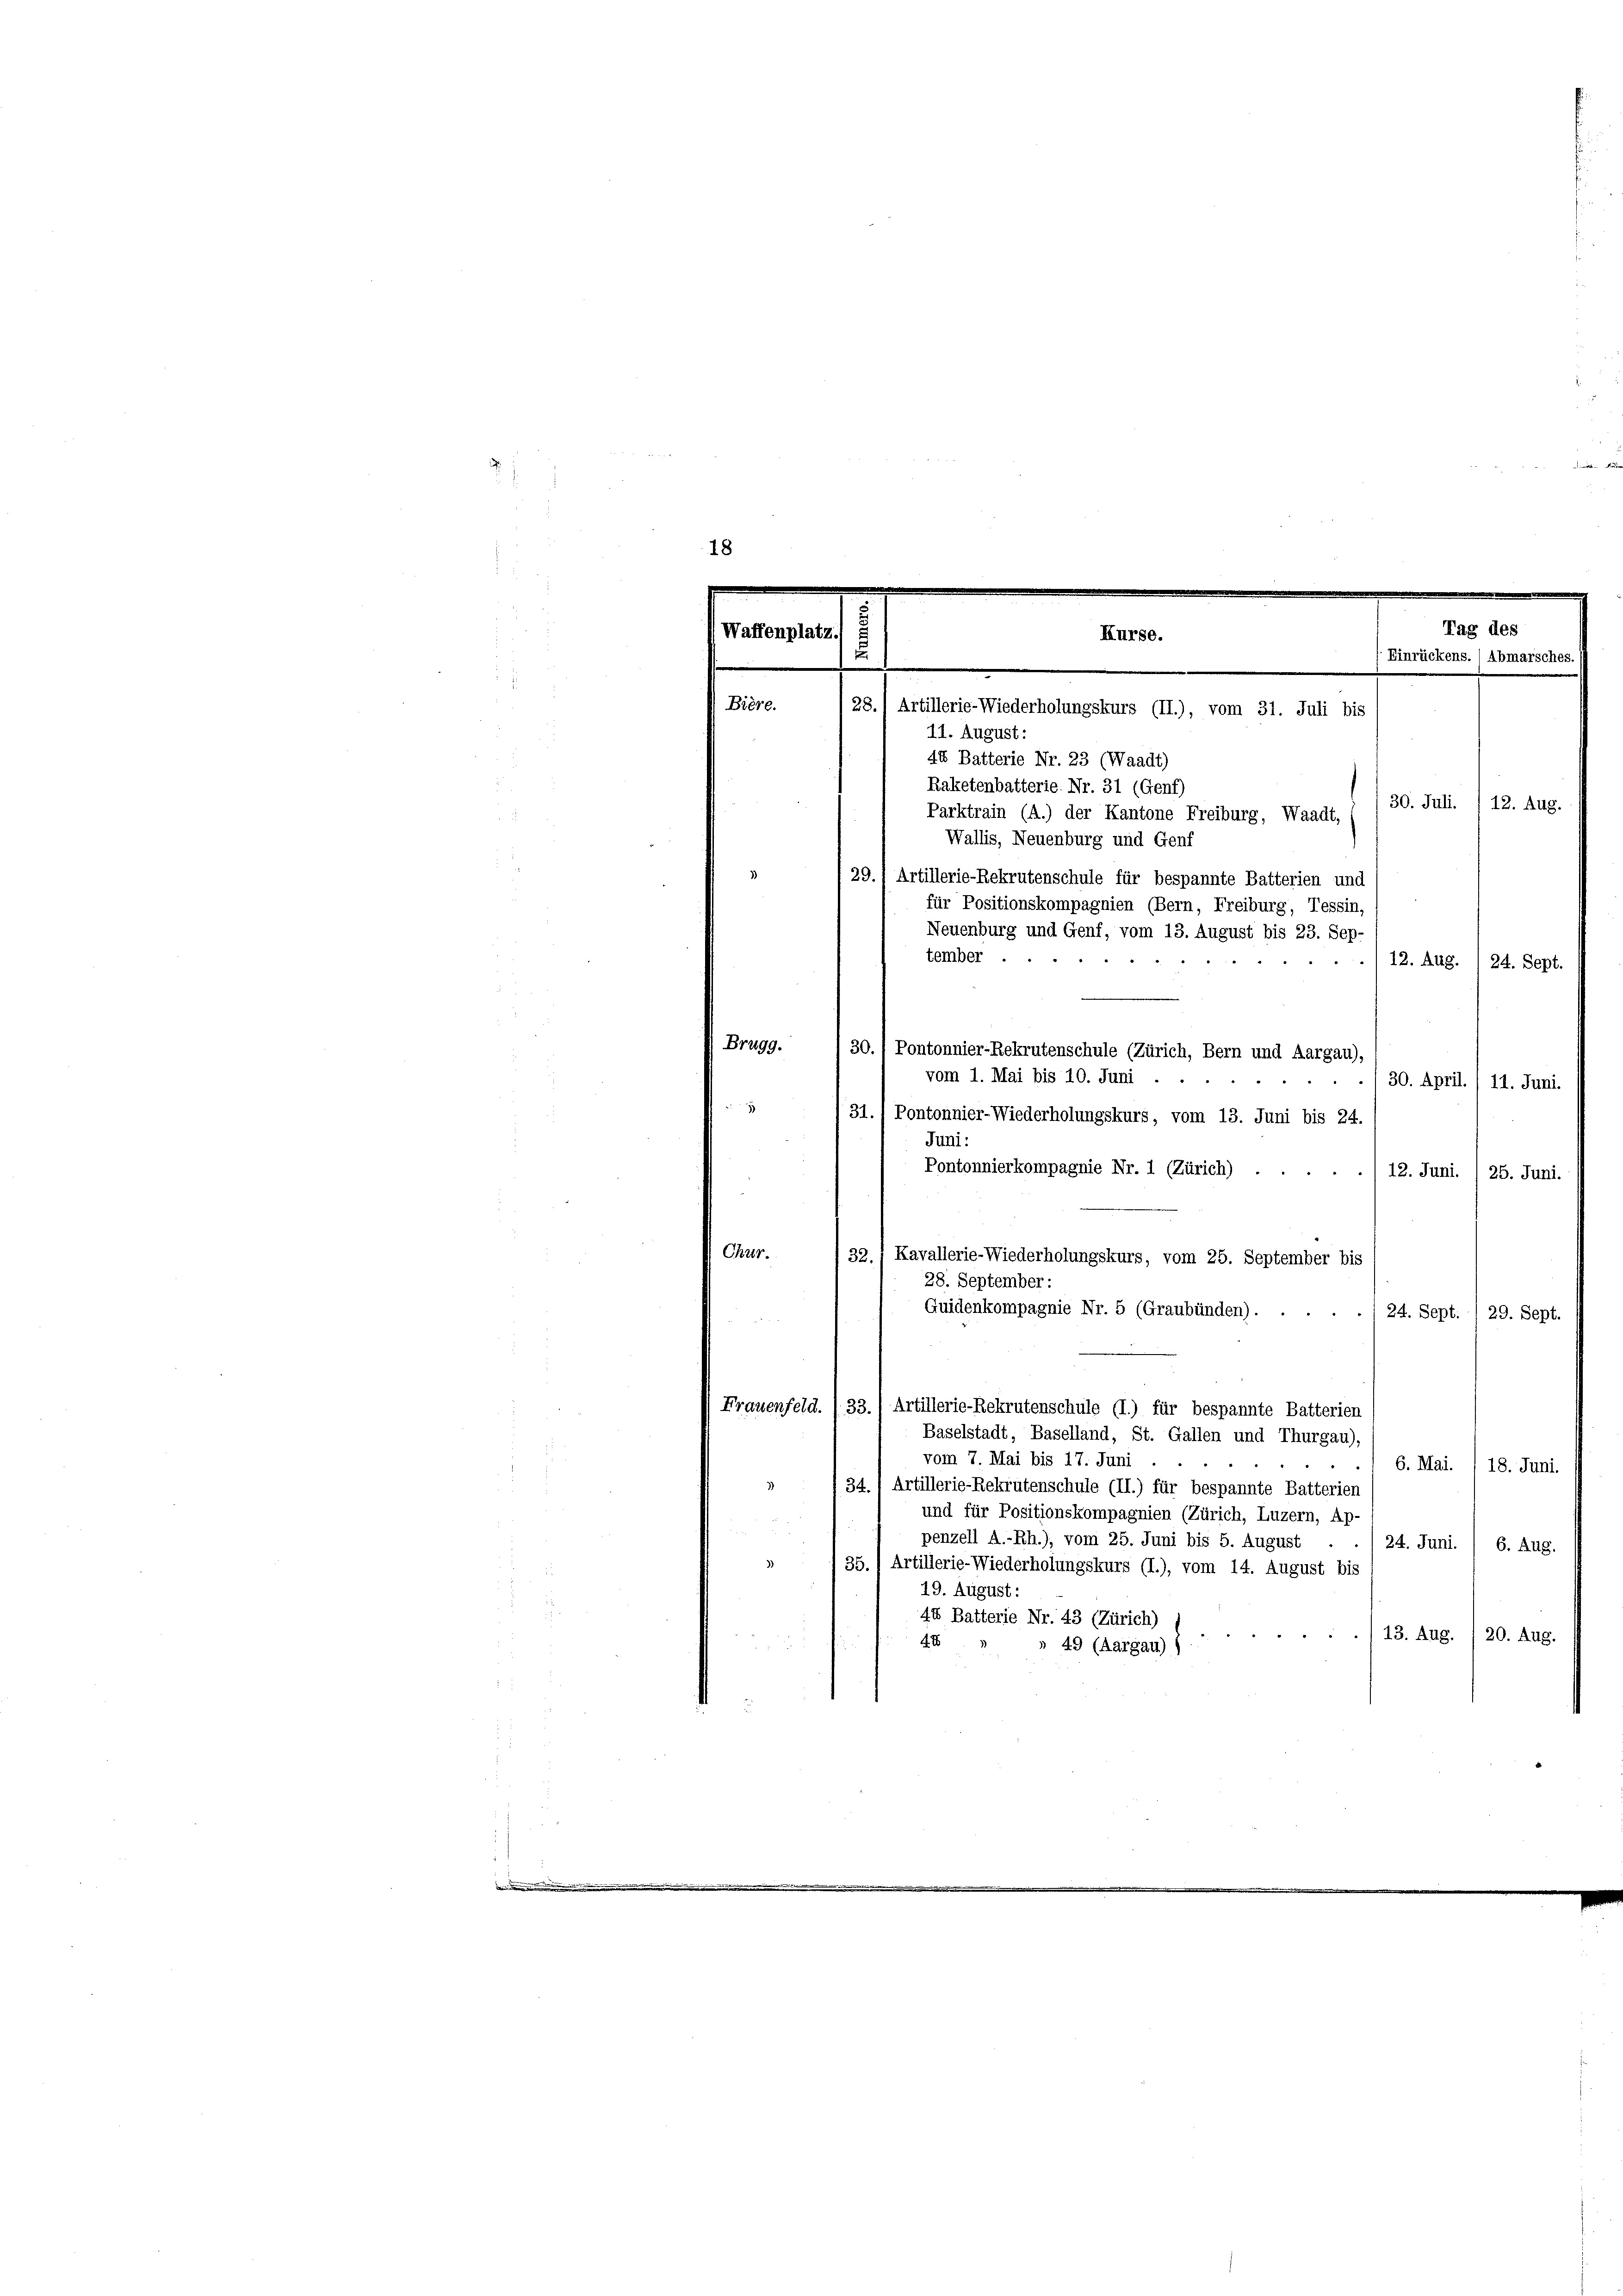
Tag des
Waffenplatz
Kurse.
5
Einrückens. / Abmarsches
e
Bière.
28.1 Artillerie-Wiederholungskurs (II.), vom 31. Juli bis

11. August:
44 Batterie Nr. 23 (Waadt)
Raketenbatterie. Nr. 31 (Genf)
30. Juli. /12. Aug.
Parktrain (A.) der Kantone Freiburg, Waadt,
Wallis, Neuenburg und Genf
29.1 Artillerie-Rekrutenschule für bespannte Batterien und
für Positionskompagnien (Bern, Freiburg, Tessin,
Neuenburg und Genf, vom 13. August bis 23. Sep.
tember .
12. Aug. 124. Sept.
30.) Pontonnier-Rekrutenschule (Zürich, Bern und Aargau)
vom 1. Mai bis 10. Juni
30. April. / 11. Juni

31. Pontonnier-Wiederholungskurs, vom 13. Juni bis 24.
Juni:
Pontonnierkompagnie Nr. 1 (Zürich) .
12. Juni. /25. Juni.
Chur.
32., Kavallerie-Wiederholungskurs, vom 25. September bis
28. September:
Guidenkompagnie Nr. 5 (Graubünden).
24. Sept. / 29. Sept.
Frauenfeld. (33.) Artillerie-Rekrutenschule (I.) für bespannte Batterien
Baselstadt, Baselland, St. Gallen und Thurgau),
vom 7. Mai bis 17. Juni
6. Mai.
18. Juni.
34. 1 Artillerie-Rekrutenschule (II.) für bespannte Batterien
und für Positionskompagnien (Zürich, Luzern, Ap-
penzell A.-Rh.), vom 25. Juni bis 5. August
24. Juni.
6. Aug.
35.) Artillerie-Wiederholungskurs (I.), vom 14. August bis
19. August:
44 Batterie Nr. 43 (Zürich)
13. Aug. /20. Aug.
4
» 49 (Aargau) )

Brugg.